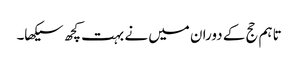
تاہم حج کے دوران میں نے بہت کچھ سیکھا۔